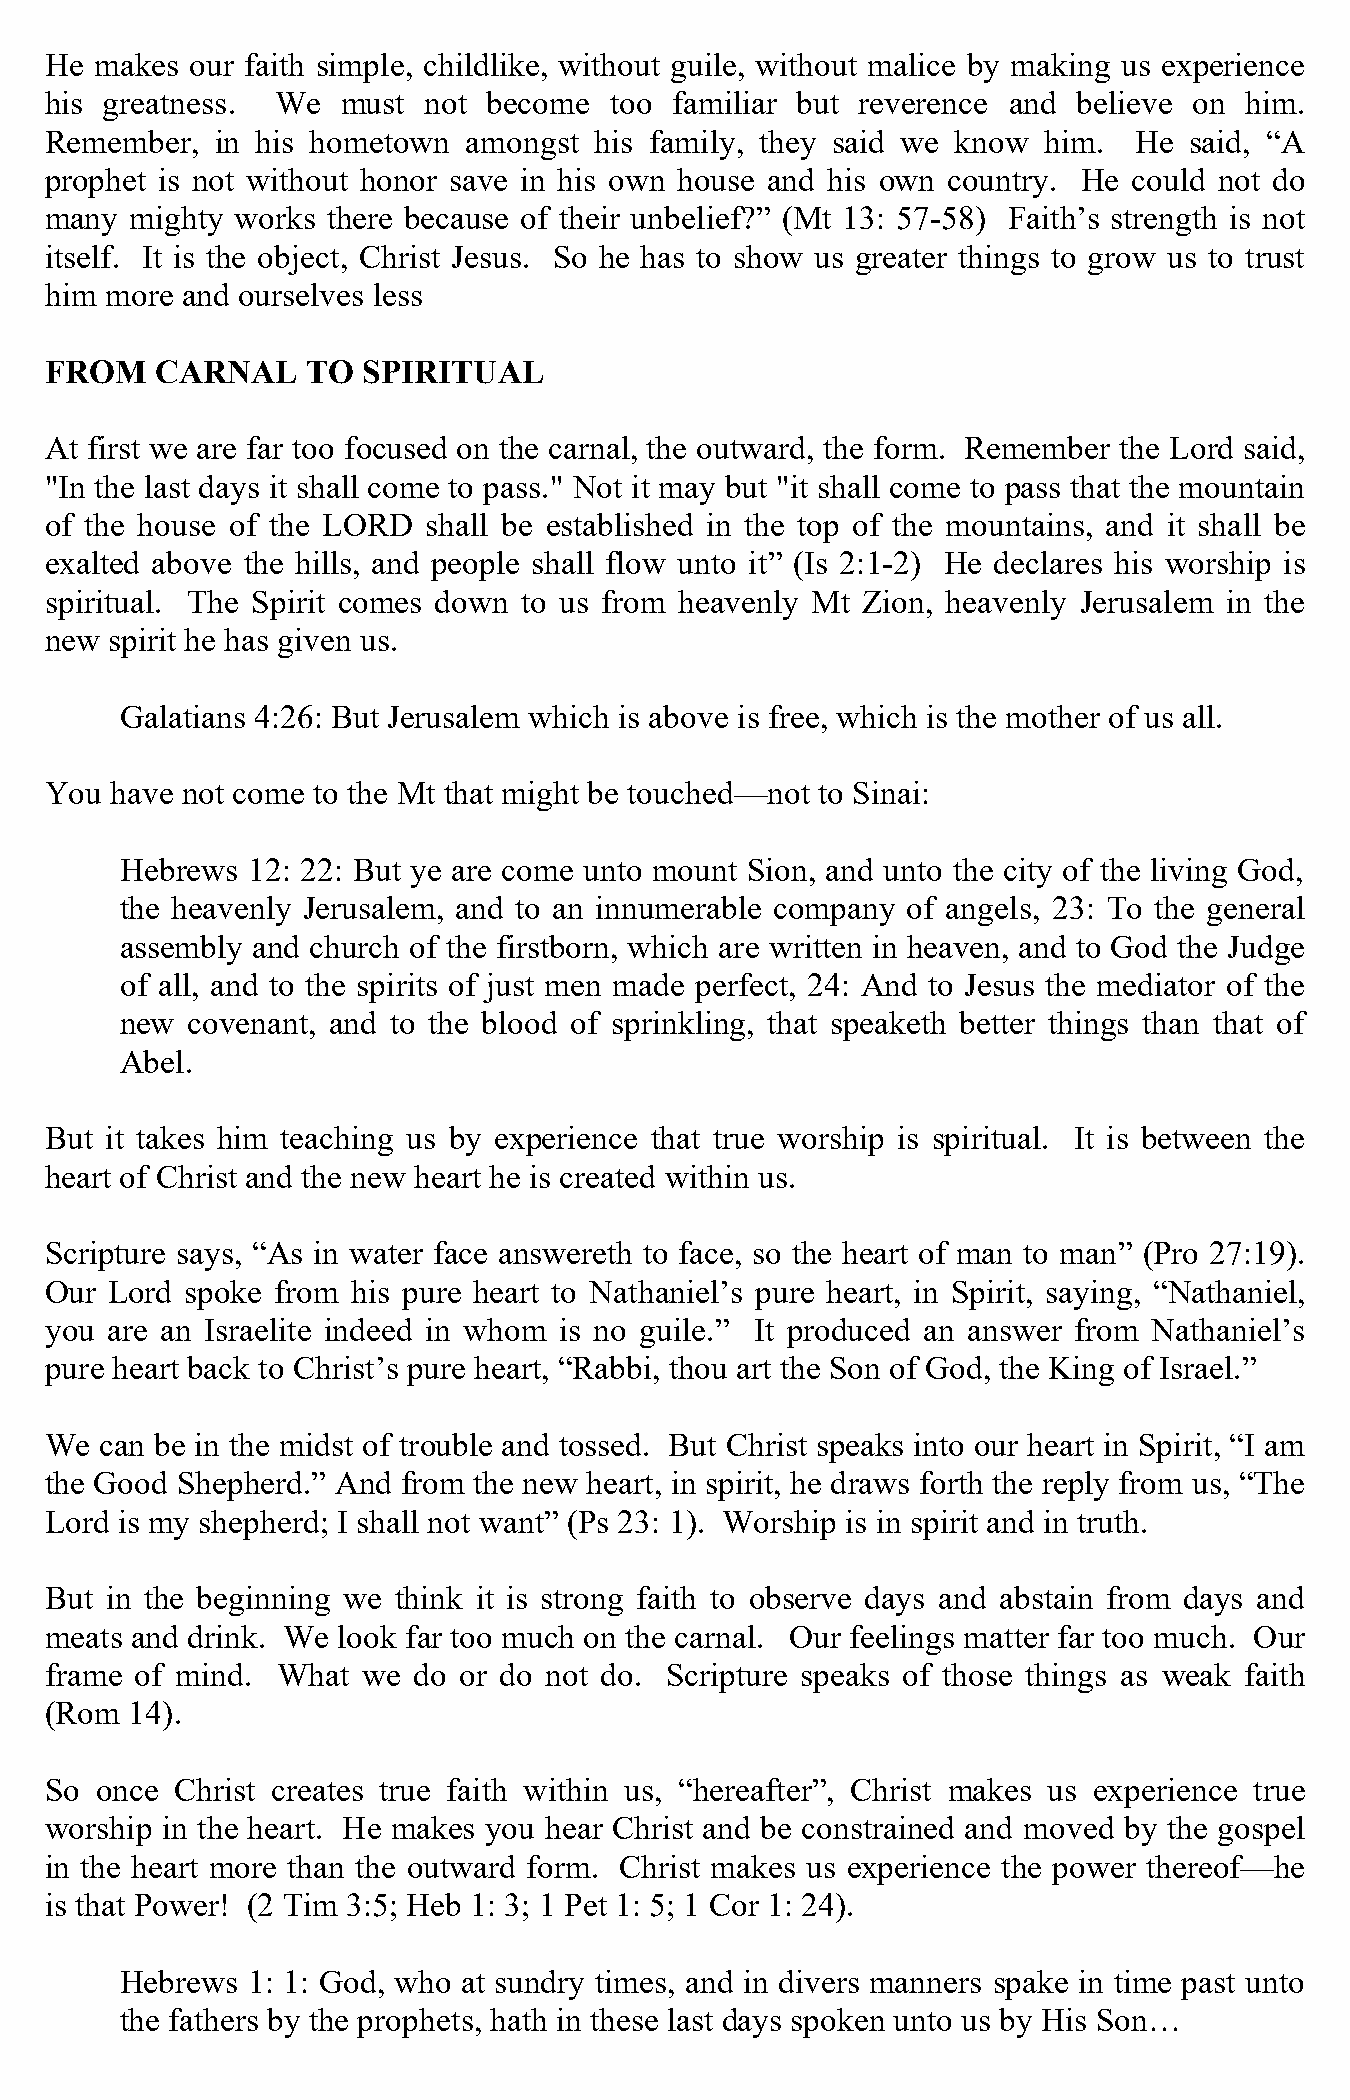
He makes  our faith simple, childlike, without guile, without malice by making us experience
 his greatness. We   must not become  too familiar but reverence and believe on him.
 Remember,  in his hometown  amongst his family, they said we know him.  He  said, “A
 prophet is not without honor save in his own house and his own country. He could not do
 many  mighty works there because of their unbelief?” (Mt 13: 57-58) Faith’s strength is not
 itself. It is the object, Christ Jesus. So he has to show us greater things to grow us to trust
 him more and ourselves less
 FROM   CARNAL    TO  SPIRITUAL
 At first we are far too focused on the carnal, the outward, the form. Remember the Lord said,
 "In the last days it shall come to pass." Not it may but "it shall come to pass that the mountain
 of the house of the LORD shall be established in the top of the mountains, and it shall be
 exalted above the hills, and people shall flow unto it” (Is 2:1-2) He declares his worship is
 spiritual. The Spirit comes down to us from heavenly Mt Zion, heavenly Jerusalem in the
 new spirit he has given us.
 Galatians 4:26: But Jerusalem which is above is free, which is the mother of us all.
 You have not come to the Mt that might be touched—not to Sinai:
 Hebrews 12: 22: But ye are come unto mount Sion, and unto the city of the living God,
 the heavenly Jerusalem, and to an innumerable company of angels, 23: To the general
 assembly and church of the firstborn, which are written in heaven, and to God the Judge
 of all, and to the spirits of just men made perfect, 24: And to Jesus the mediator of the
 new covenant, and to the blood of sprinkling, that speaketh better things than that of
 Abel.
 But it takes him teaching us by experience that true worship is spiritual. It is between the
 heart of Christ and the new heart he is created within us.
 Scripture says, “As in water face answereth to face, so the heart of man to man” (Pro 27:19).
 Our Lord spoke from his pure heart to Nathaniel’s pure heart, in Spirit, saying, “Nathaniel,
 you are an Israelite indeed in whom is no guile.” It produced an answer from Nathaniel’s
 pure heart back to Christ’s pure heart, “Rabbi, thou art the Son of God, the King of Israel.”
 We  can be in the midst of trouble and tossed. But Christ speaks into our heart in Spirit, “I am
 the Good Shepherd.” And from the new heart, in spirit, he draws forth the reply from us, “The
 Lord is my shepherd; I shall not want” (Ps 23: 1). Worship is in spirit and in truth.
 But in the beginning we think it is strong faith to observe days and abstain from days and
 meats and drink. We look far too much on the carnal. Our feelings matter far too much. Our
 frame of mind. What  we do or do not do. Scripture speaks of those things as weak faith
 (Rom  14).
 So once  Christ creates true faith within us, “hereafter”, Christ makes us experience true
 worship in the heart. He makes you hear Christ and be constrained and moved by the gospel
 in the heart more than the outward form. Christ makes us experience the power thereof—he
 is that Power! (2 Tim 3:5; Heb 1: 3; 1 Pet 1: 5; 1 Cor 1: 24).
 Hebrews 1: 1: God, who at sundry times, and in divers manners spake in time past unto
 the fathers by the prophets, hath in these last days spoken unto us by His Son…